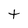
Character: t